Report of the Indian Hemp Drugs Commission, 1894-1895 - Volume IV
Year: 1894
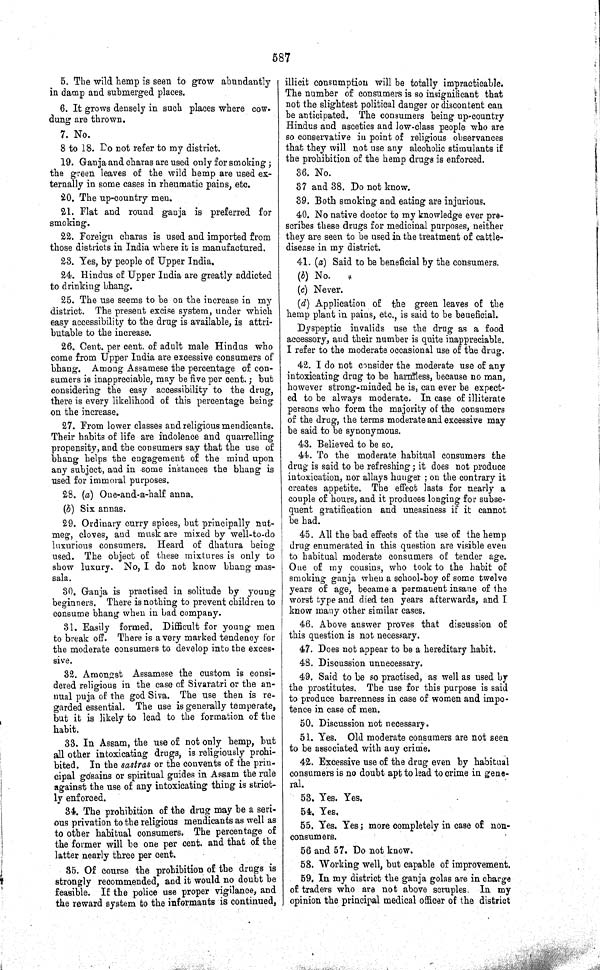
587
5. The wild hemp is seen to grow abundantly
in damp and submerged places.
6. It grows densely in such places where cow-
dung are thrown.
7. No.
8 to 18. Do not refer to my district.
19. Ganja and charas are used only for smoking;
the green leaves of the wild hemp are used ex-
ternally in some cases in rheumatic pains, etc.
20. The up-country men.
21. Flat and round ganja is preferred for
smoking.
22. Foreign charas is used and imported from
those districts in India where it is manufactured.
23. Yes, by people of Upper India.
24. Hindus of Upper India are greatly addicted
to drinking bhang.
25. The use seems to be on the increase in my
district. The present excise system, under which
easy accessibility to the drug is available, is attri-
butable to the increase.
26. Cent. per cent. of adult male Hindus who
come from Upper India are excessive consumers of
bhang. Among Assamese the percentage of con-
sumers is inappreciable, may be five per cent.; but
considering the easy accessibility to the drug,
there is every likelihood of this percentage being
on the increase.
27. From lower classes and religious mendicants.
Their habits of life are indolence and quarrelling
propensity, and the consumers say that the use of
bhang helps the engagement of the mind upon
any subject, and in some instances the bhang is
used for immoral purposes.
28. (a) One-and-a-half anna.
(b) Six annas.
29. Ordinary curry spices, but principally nut-
meg, cloves, and musk are mixed by well-to-do
luxurious consumers. Heard of dhatura being
used. The object of these mixtures is only to
show luxury. No, I do not know bhang mas-
sala.
30. Ganja is practised in solitude by young
beginners. There is nothing to prevent children to
consume bhang when in bad company.
31. Easily formed. Difficult for young men
to break off. There is a very marked tendency for
the moderate consumers to develop into the exces-
sive.
32. Amongst Assamese the custom is consi-
dered religious in the case of Sivaratri or the an-
nual puja of the god Siva. The use then is re-
garded essential. The use is generally temperate,
but it is likely to lead to the formation of the
habit.
33. In Assam, the use of not only hemp, but
all other intoxicating drugs, is religiously prohi-
bited. In the sastras or the convents of the prin-
cipal gosains or spiritual guides in Assam the rule
against the use of any intoxicating thing is strict-
ly enforced.
34. The prohibition of the drug may be a seri-
ous privation to the religious mendicants as well as
to other habitual consumers. The percentage of
the former will be one per cent. and that of the
latter nearly three per cent.
35. Of course the prohibition of the drugs is
strongly recommended, and it would no doubt be
feasible. If the police use proper vigilance, and
the reward system to the informants is continued,
illicit consumption will be totally impracticable.
The number of consumers is so insignificant that
not the slightest political danger or discontent can
be anticipated. The consumers being up-country
Hindus and ascetics and low-class people who are
so conservative in point of religious observances
that they will not use any alcoholic stimulants if
the prohibition of the hemp drugs is enforced.
36. No.
37 and 38. Do not know.
39. Both smoking and eating are injurious.
40. No native doctor to my knowledge ever pre-
scribes these drugs for medicinal purposes, neither
they are seen to be used in the treatment of cattle-
disease in my district.
41. (a) Said to be beneficial by the consumers.
(b) No.
(c) Never.
(d) Application of the green leaves of the
hemp plant in pains, etc., is said to be beneficial.
Dyspeptic invalids use the drug as a food
accessory, and their number is quite inappreciable.
I refer to the moderate occasional use of the drug.
42. I do not consider the moderate use of any
intoxicating drug to be harmless, because no man,
however strong-minded he is, can ever be expect-
ed to be always moderate. In case of illiterate
persons who form the majority of the consumers
of the drug, the terms moderate and excessive may
be said to be synonymous.
43. Believed to be so.
44. To the moderate habitual consumers the
drug is said to be refreshing; it does not produce
intoxication, nor allays hunger; on the contrary it
creates appetite. The effect lasts for nearly a
couple of hours, and it produces longing for subse-
quent gratification and uneasiness if it cannot
be had.
45. All the bad effects of the use of the hemp
drug enumerated in this question are visible even
to habitual moderate consumers of tender age.
One of my cousins, who took to the habit of
smoking ganja when a school-boy of some twelve
years of age, became a permanent insane of the
worst type and died ten years afterwards, and I
know many other similar cases.
46. Above answer proves that discussion of
this question is not necessary.
47. Does not appear to be a hereditary habit.
48. Discussion unnecessary.
49. Said to be so practised, as well as used by
the prostitutes. The use for this purpose is said
to produce barrenness in case of women and impo-
tence in case of men.
50. Discussion not necessary.
51. Yes. Old moderate consumers are not seen
to be associated with any crime.
42. Excessive use of the drug even by habitual
consumers is no doubt apt to lead to crime in gene-
ral.
53. Yes. Yes.
54. Yes.
55. Yes. Yes; more completely in case of non-
consumers.
56 and 57. Do not know.
58. Working well, but capable of improvement.
59. In my district the ganja golas are in charge
of traders who are not above scruples. In my
opinion the principal medical officer of the district